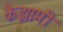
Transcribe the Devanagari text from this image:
केझामी